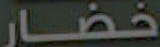
خضار